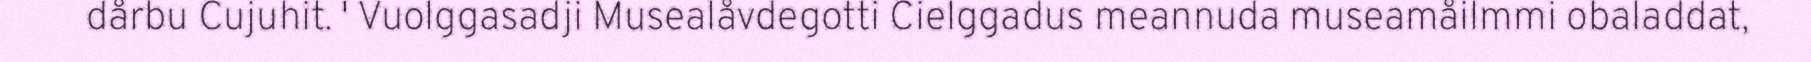
dårbu Cujuhit. ' Vuolggasadji Musealåvdegotti Cielggadus meannuda museamåilmmi obaladdat,